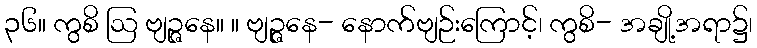
၃၆။ ကွစိ ဩ ဗျဉ္ဇနေ။ ။ ဗျဉ္ဇနေ- နောက်ဗျဉ်းကြောင့်၊ ကွစိ- အချို့အရာ၌၊